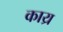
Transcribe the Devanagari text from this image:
काय्र